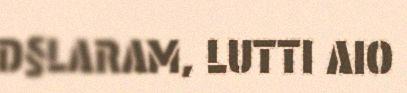
D§LARAM, LUTTI AIO